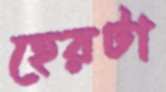
হেরটা